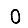
Digit: 0